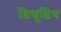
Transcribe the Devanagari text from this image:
डिस्नूडिंग